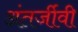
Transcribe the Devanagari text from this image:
अंतर्जीवी